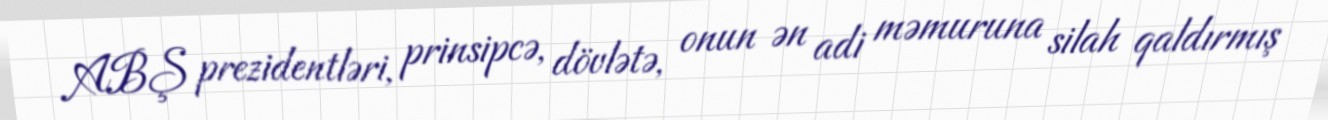
ABŞ prezidentləri, prinsipcə, dövlətə, onun ən adi məmuruna silah qaldırmış